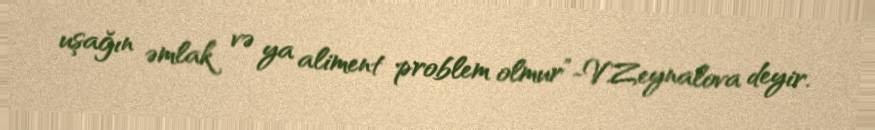
uşağın əmlak və ya aliment problem olmur”-V.Zeynalova deyir.